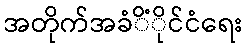
အတိုက်အခံိံိုင်ငံရေး